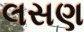
લસણ